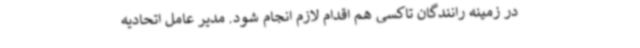
در زمینه رانندگان تاکسی هم اقدام لازم انجام شود. مدیر عامل اتحادیه